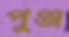
পুঞ্জ